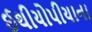
ઈથીયોપીયાના